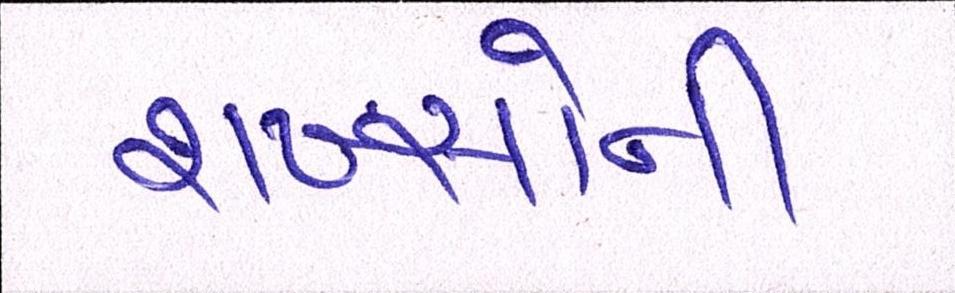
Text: શખ્સોની